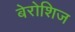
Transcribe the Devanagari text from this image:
बेरोशिज